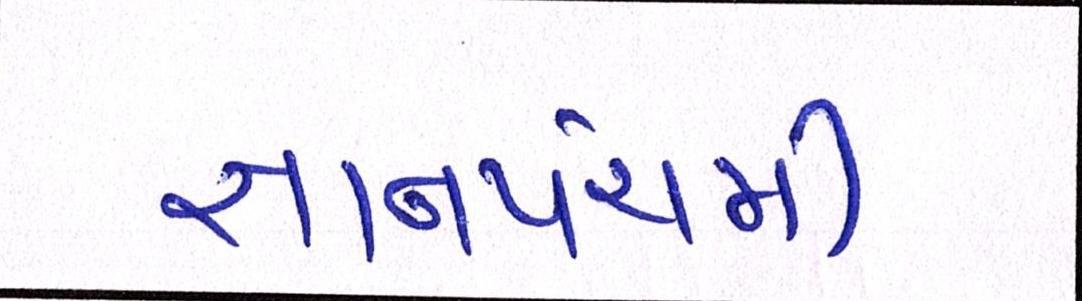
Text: જ્ઞાનપંચમી